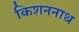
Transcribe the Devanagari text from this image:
किशननाथ